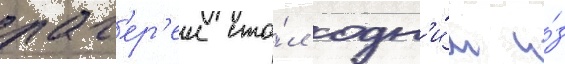
лаг'ер'еи ста́л одн'и́м и́з